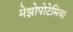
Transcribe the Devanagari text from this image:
मेझोपोटेमिया